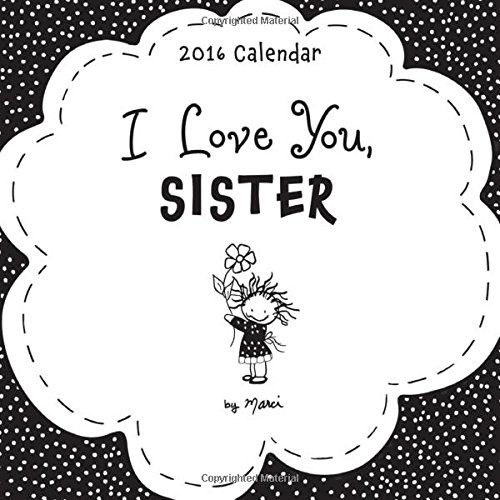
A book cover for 2016 Calendar: I Love You, Sister; Marci; Parenting & Relationships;